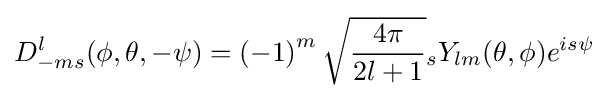
D_{-ms}^{l}(\phi ,\theta ,-\psi )=\left(-1\right)^{m}{\sqrt {\frac {4\pi }{2l+1}}}{}_{s}Y_{lm}(\theta ,\phi )e^{is\psi }